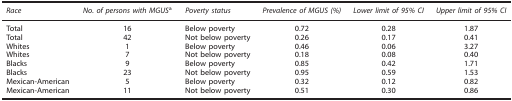
| Race | No. of persons with MGUSa | Poverty status | Prevalence of MGUS (%) | Lower limit of 95% CI | Upper limit of 95% CI |
 | --- | --- | --- | --- | --- | --- |
 | Total | 16 | Below poverty | 0.72 | 0.28 | 1.87 |
 | Total | 42 | Not below poverty | 0.26 | 0.17 | 0.41 |
 | Whites | 1 | Below poverty | 0.46 | 0.06 | 3.27 |
 | Whites | 7 | Not below poverty | 0.18 | 0.08 | 0.40 |
 | Blacks | 9 | Below poverty | 0.85 | 0.42 | 1.71 |
 | Blacks | 23 | Not below poverty | 0.95 | 0.59 | 1.53 |
 | Mexican-American | 5 | Below poverty | 0.32 | 0.12 | 0.82 |
 | Mexican-American | 11 | Not below poverty | 0.51 | 0.30 | 0.86 |